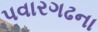
પવારગઢના